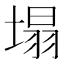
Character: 塌